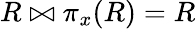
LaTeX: R\bowtie\pi_{x}(R)=R